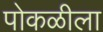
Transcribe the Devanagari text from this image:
पोकळीला